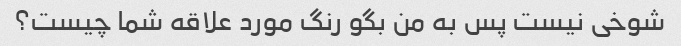
شوخی نیست پس به من بگو رنگ مورد علاقه شما چیست؟